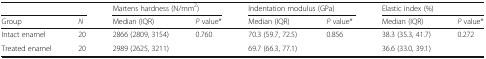
<table><thead><tr><td colspan="2"></td><td colspan="2"><b>Martens hardness (N/mm<sup>2</sup>)</b></td><td colspan="2"><b>Indentation modulus (GPa)</b></td><td colspan="2"><b>Elastic index (%)</b></td></tr><tr><td><b>Group</b></td><td><b><i>N</i></b></td><td><b>Median (IQR)</b></td><td><b><i>P</i> value*</b></td><td><b>Median (IQR)</b></td><td><b><i>P</i> value*</b></td><td><b>Median (IQR)</b></td><td><b><i>P</i> value*</b></td></tr></thead><tbody><tr><td>Intact enamel</td><td>20</td><td>2866 (2809, 3154)</td><td>0.760</td><td>70.3 (59.7, 72.5)</td><td>0.856</td><td>38.3 (35.3, 41.7)</td><td>0.272</td></tr><tr><td>Treated enamel</td><td>20</td><td>2989 (2625, 3211)</td><td></td><td>69.7 (66.3, 77.1)</td><td></td><td>36.6 (33.0, 39.1)</td><td></td></tr></tbody></table>